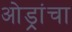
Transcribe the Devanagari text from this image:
ओड्रांचा